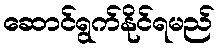
ဆောင်ရွက်နိုင်ရမည်